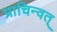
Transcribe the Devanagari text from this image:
प्राचिन्वत्‌